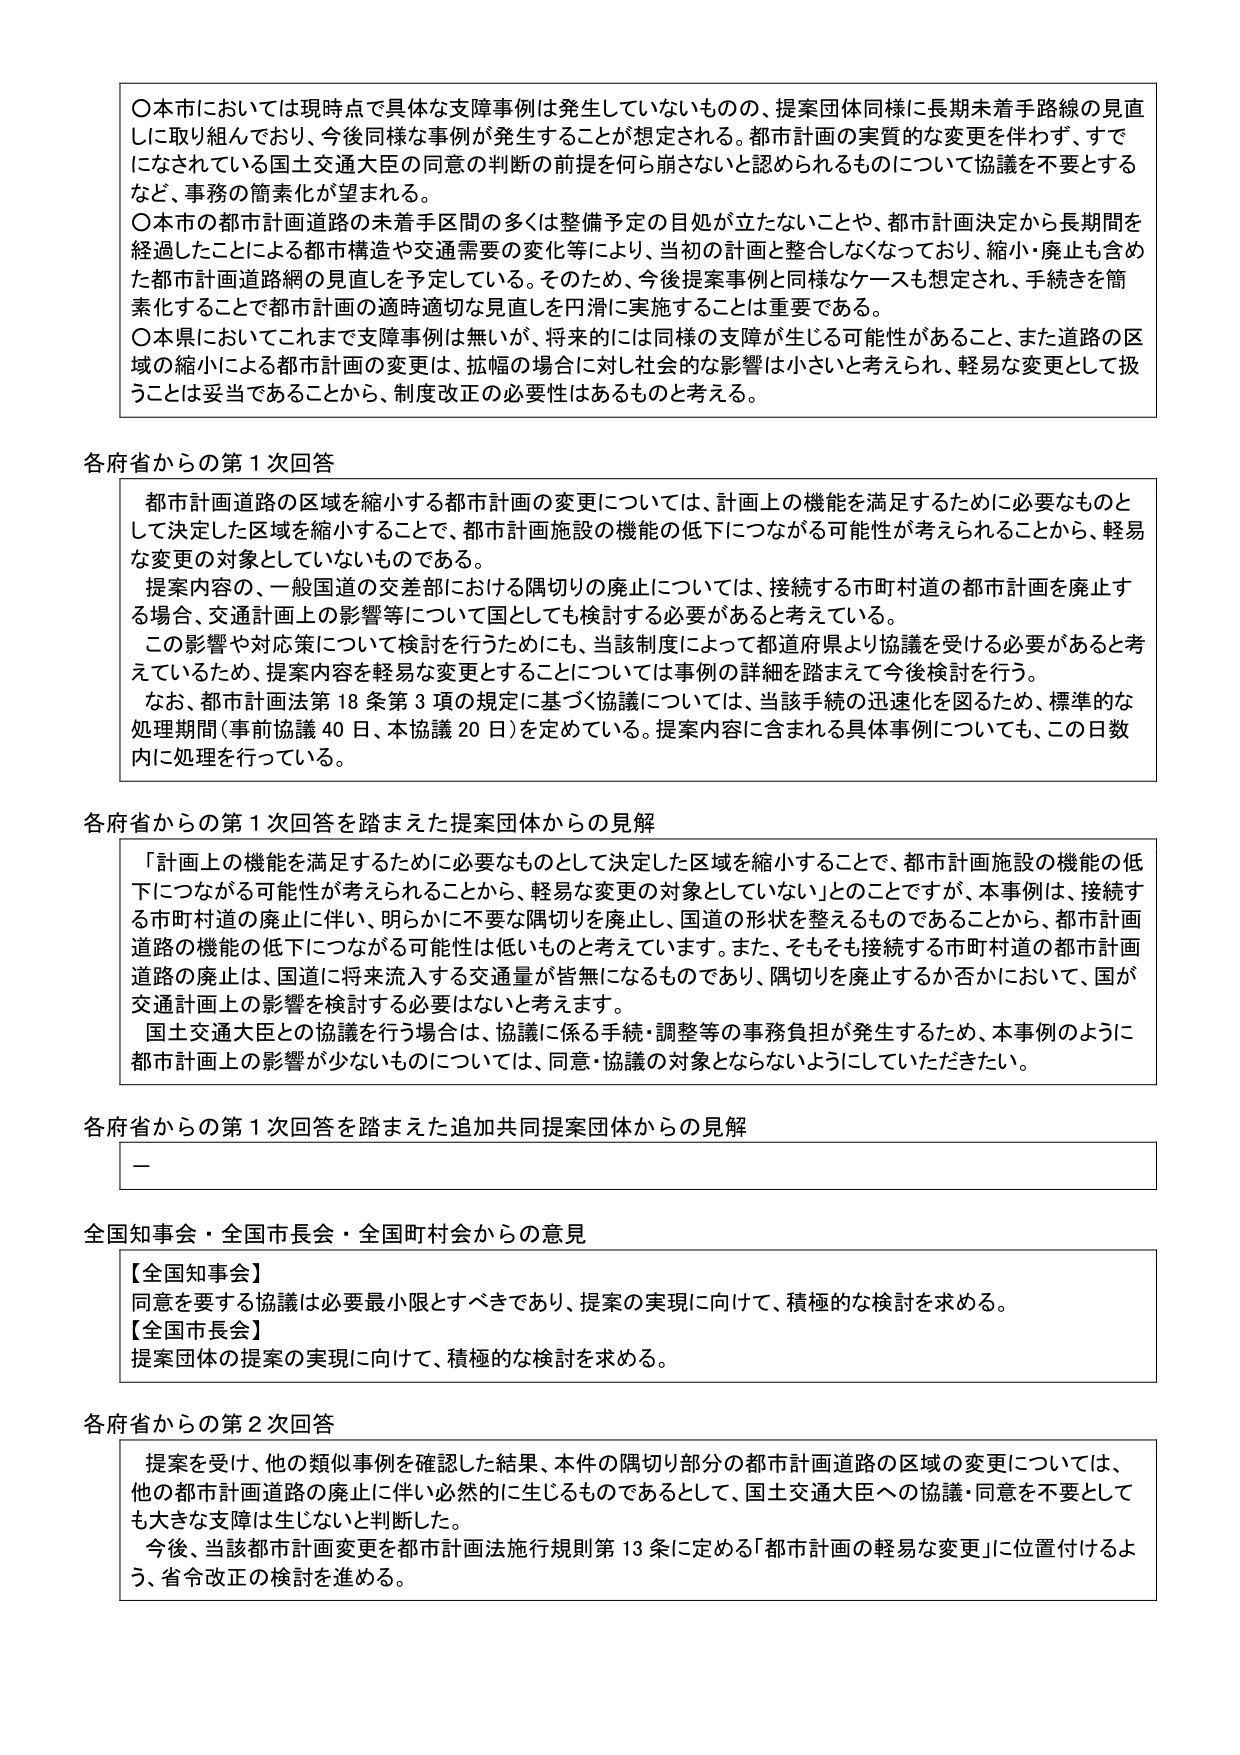
〇本市においては現時点で具体的な支障事例は発生していないものの、提案団体同様に長期未着手路線の見直しに取り組んでおり、今後同様な事例が発生することが想定される。都市計画の実質的な変更を伴わず、すでになされている国土交通大臣の同意の判断の前提を何ら崩さないと認められるものについて協議を不要とするなど、事務の簡素化が望まれる。

〇本市の都市計画道路の未着手区間の多くは整備予定の目処が立たないことや、都市計画決定から長期間を経過したことによる都市構造や交通需要の変化等により、当初の計画と整合しなくなっており、縮小・廃止も含めた都市計画道路網の見直しを予定している。そのため、今後提案事例と同様なケースも想定され、手続きを簡素化することで都市計画の適時適切な見直しを円滑に実施することは重要である。

〇本県においてこれまで支障事例は無いが、将来的には同様の支障が生じる可能性があること、また道路の区域の縮小による都市計画の変更は、拡幅の場合に対し社会的な影響は小さいと考えられ、軽易な変更として扱うことは妥当であることから、制度改正の必要性はあるものと考える。

各府省からの第1次回答

都市計画道路の区域を縮小する都市計画の変更については、計画上の機能を満足するために必要なものとして決定した区域を縮小することで、都市計画施設の機能の低下につながる可能性が考えられることから、軽易な変更の対象としていないものである。

提案内容の、一般国道の交差部における隅切りの廃止については、接続する市町村道の都市計画を廃止する場合、交通計画上の影響等について国としても検討する必要があると考えている。

この影響や対応策について検討を行うためにも、当該制度によって都道府県より協議を受ける必要があると考えているため、提案内容を軽易な変更とすることについては事例の詳細を踏まえて今後検討を行う。

なお、都市計画法第18条第3項の規定に基づく協議については、当該手続の迅速化を図るため、標準的な処理期間（事前協議40日、本協議20日）を定めている。提案内容に含まれる具体事例についても、この日数内に処理を行っている。

各府省からの第1次回答を踏まえた提案団体からの見解

「計画上の機能を満足するために必要なものとして決定した区域を縮小することで、都市計画施設の機能の低下につながる可能性が考えられることから、軽易な変更の対象としていない」とのことですが、本事例は、接続する市町村道の廃止に伴い、明らかに不要な隅切りを廃止し、国道の形状を整えるものであることから、都市計画道路の機能の低下につながる可能性は低いものと考えています。また、そもそも接続する市町村道の都市計画道路の廃止は、国道に将来流入する交通量が皆無になるものであり、隅切りを廃止するか否かにおいて、国が交通計画上の影響を検討する必要はないと考えます。

国土交通大臣との協議を行う場合は、協議に係る手続・調整等の事務負担が発生するため、本事例のように都市計画上の影響が少ないものについては、同意・協議の対象とならないようにしていただきたい。

各府省からの第1次回答を踏まえた追加共同提案団体からの見解

—

全国知事会・全国市長会・全国町村会からの意見

【全国知事会】
同意を要する協議は必要最小限とすべきであり、提案の実現に向けて、積極的な検討を求める。

【全国市長会】
提案団体の提案の実現に向けて、積極的な検討を求める。

各府省からの第2次回答

提案を受け、他の類似事例を確認した結果、本件の隅切り部分の都市計画道路の区域の変更については、他の都市計画道路の廃止に伴い必然的に生じるものであるとして、国土交通大臣への協議・同意を不要としても大きな支障は生じないと判断した。

今後、当該都市計画変更を都市計画法施行規則第13条に定める「都市計画の軽易な変更」に位置付けるよう、省令改正の検討を進める。